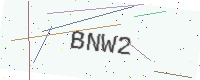
Text: BNW2